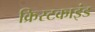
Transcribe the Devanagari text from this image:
क्रिस्टकाइंड